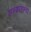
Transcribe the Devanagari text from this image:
सन्ग्राह्ल्य